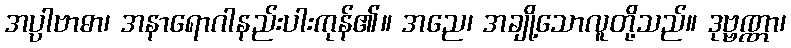
အပ္ပါဗာဓာ၊ အနာရောဂါနည်းပါးကုန်၏။ အညေ၊ အချို့သောလူတို့သည်။ ဒုဗ္ဗဏ္ဏာ၊